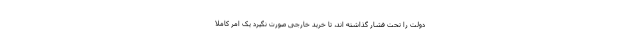
دولت را تحت فشار گذاشته اند، تا خرید خارجی صورت نگیرد یک امر کاملا